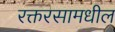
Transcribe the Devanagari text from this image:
रक्तरसामधील